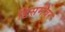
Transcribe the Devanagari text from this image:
डिसमेंबर